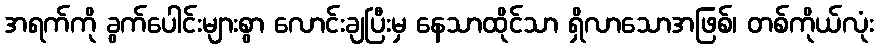
အရက်ကို ခွက်ပေါင်းများစွာ လောင်းချပြီးမှ နေသာထိုင်သာ ရှိလာသောအဖြစ်၊ တစ်ကိုယ်လုံး